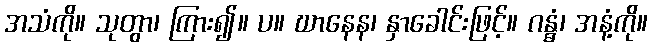
အသံကို။ သုတွာ၊ ကြား၍။ ပ။ ဃာနေန၊ နှာခေါင်းဖြင့်။ ဂန္ဓံ၊ အနံ့ကို။